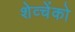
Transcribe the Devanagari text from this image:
शेव्चेंको